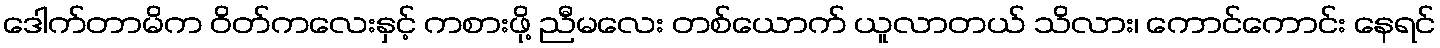
ဒေါက်တာမိက ဝိတ်ကလေးနှင့် ကစားဖို့ ညီမလေး တစ်ယောက် ယူလာတယ် သိလား၊ ကောင်ကောင်း နေရင်